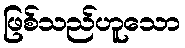
ဖြစ်သည်ဟူသော